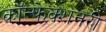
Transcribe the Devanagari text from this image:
कॉन्फेक्शनरी